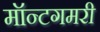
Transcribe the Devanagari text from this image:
मॉन्टगमरी